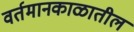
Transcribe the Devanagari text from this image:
वर्तमानकाळातील